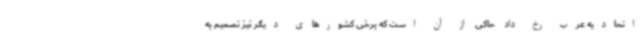
اتحادیه عرب رخ داد حاکی از آن است که برخی کشورهای دیگر نیز تصمیم به